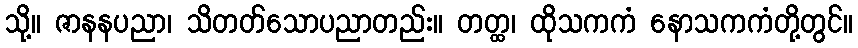
သို့။ ဇာနနပညာ၊ သိတတ်သောပညာတည်း။ တတ္ထ၊ ထိုသကကံ နောသကကံတို့တွင်။